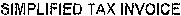
SIMPLIFIED TAX INVOICE